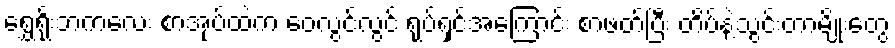
ရွှေရိုးဘကလေး စာအုပ်ထဲက ဝေလွင်လွင် ရုပ်ရှင်အကြောင်း စာဖတ်ပြီး တိပ်နဲ့သွင်းတာမျိုးတွေ